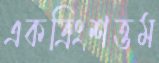
একত্রিংশত্তম